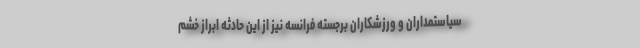
سیاستمداران و ورزشکاران برجسته فرانسه نیز از این حادثه ابراز خشم